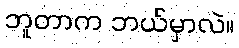
ဘူတာက ဘယ်မှာလဲ။